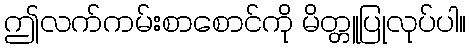
ဤလက်ကမ်းစာစောင်ကို မိတ္တူပြုလုပ်ပါ။